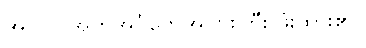
အဝကို အုတ်အင်္ဂတေအပြားကြီး ဖုံးထား၏။